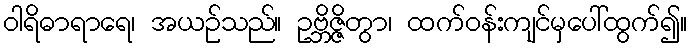
ဝါရိဓာရာရေ၊ အယဉ်သည်။ ဥဗ္ဘိဇ္ဇိတွာ၊ ထက်ဝန်းကျင်မှပေါ်ထွက်၍။